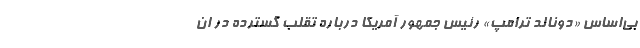
بی‌اساس «دونالد ترامپ» رئیس جمهور آمریکا درباره تقلب گسترده در ان